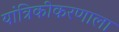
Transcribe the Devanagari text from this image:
यांत्रिकीकरणाला